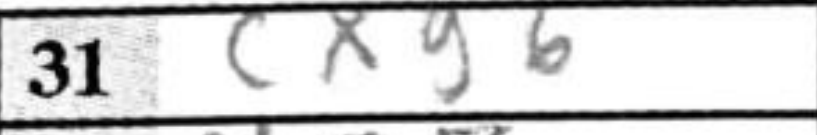
Transcription: cxg6